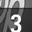
Digit: 3